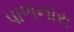
પાળનારા